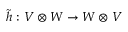
{ \tilde { h } } : V \otimes W \to W \otimes V